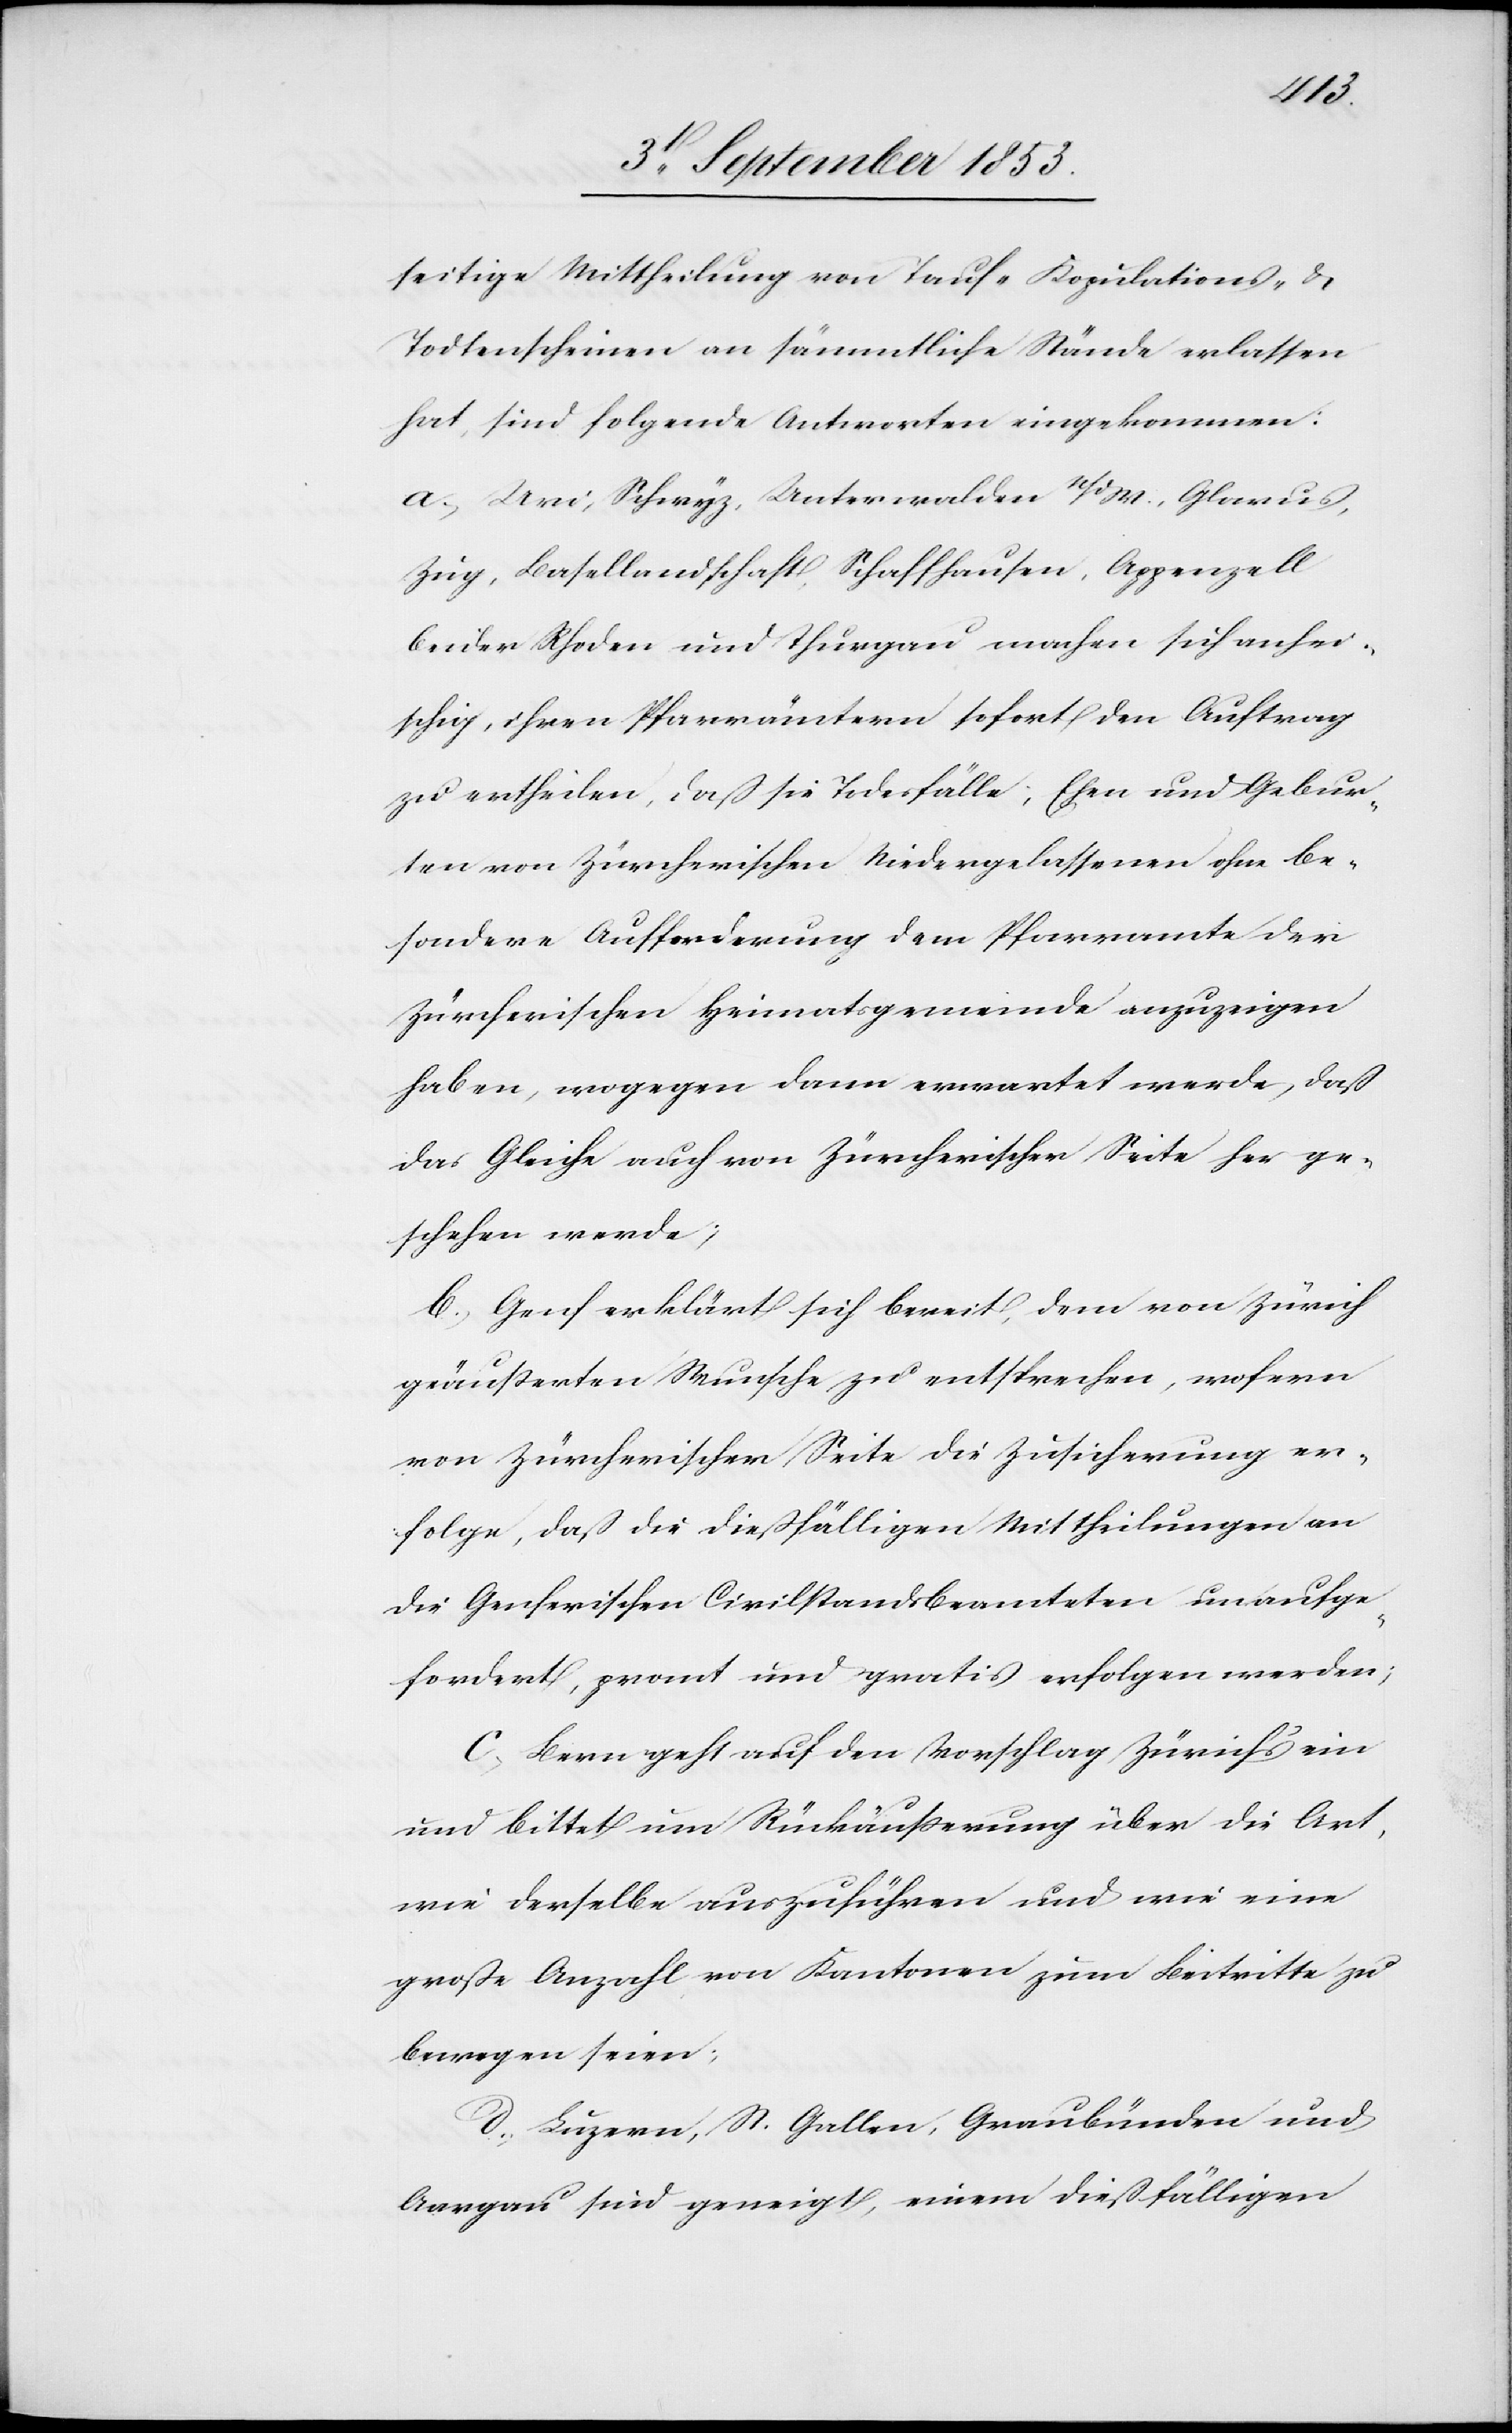
seitige Mittheilung von Tauf-[,] Kopulations- u.
Todtenscheinen an sämmtliche Stände erlassen
hat, sind folgende Antworten eingekommen:
a. Uri, Schwyz, Unterwalden n/d W, Glarus,
Zug, Basellandschaft, Schaffhausen, Appenzell
beider Rhoden und Thurgau, machen sich anhei¬
schig, ihren Pfarrämtern sofort den Auftrag
zu ertheilen, daß sie Todesfälle, Ehen und Gebur¬
ten von Zürcherischen Niedergelassenen ohne Be¬
sondere Aufforderung dem Pfarramte der
Zürcherischen Heimatsgemeinde anzuzeigen
haben, wogegen dann erwartet werde, daß
das Gleiche auch von Zürcherischer Seite her ge¬
schehen werde;
b. Genf erklärt sich bereit, dem von Zürich
geäußerten Wunsche zu entsprechen, wofern
von Zürcherischer Seite die Zusicherung er¬
folge, daß die diesfälligen Mittheilungen an
die Genferischen Civilstandsbeamteten unaufge¬
fordert, promt [sic!] und gratis erfolgen werden;
c. Bern geht auf den Vorschlag Zürichs ein
und bittet um Rückäußerung über die Art,
wie derselbe auszuführen und wie eine
große Anzahl von Kantonen zum Beitritte zu
bewegen seien;
d. Luzern, St. Gallen, Graubünden und
Aargau sind geneigt, einem dießfälligen